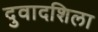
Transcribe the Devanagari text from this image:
दुवादशिला